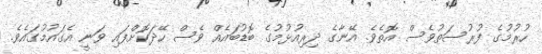
ހުރުމުގެ ފުރުސަތުވެސް އޮތެވެ. އޭނާގެ ދިރިއުޅުމުގެ ބޮޑުބައެއް ވެސް ހޭދަކޮށްފައި ވަނީ އެގައުމުގައެވެ.